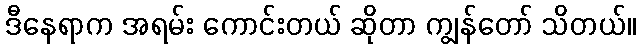
ဒီနေရာက အရမ်း ကောင်းတယ် ဆိုတာ ကျွန်တော် သိတယ်။